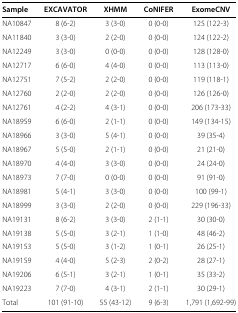
<table><thead><tr><td><b>Sample</b></td><td><b>EXCAVATOR</b></td><td><b>XHMM</b></td><td><b>CoNIFER</b></td><td><b>ExomeCNV</b></td></tr></thead><tbody><tr><td>NA10847</td><td>8 (6-2)</td><td>3 (3-0)</td><td>0 (0-0)</td><td>125 (122-3)</td></tr><tr><td>NA11840</td><td>3 (3-0)</td><td>2 (2-0)</td><td>0 (0-0)</td><td>124 (122-2)</td></tr><tr><td>NA12249</td><td>3 (3-0)</td><td>0 (0-0)</td><td>0 (0-0)</td><td>128 (128-0)</td></tr><tr><td>NA12717</td><td>6 (6-0)</td><td>4 (4-0)</td><td>0 (0-0)</td><td>113 (113-0)</td></tr><tr><td>NA12751</td><td>7 (5-2)</td><td>2 (2-0)</td><td>0 (0-0)</td><td>119 (118-1)</td></tr><tr><td>NA12760</td><td>2 (2-0)</td><td>2 (2-0)</td><td>0 (0-0)</td><td>126 (126-0)</td></tr><tr><td>NA12761</td><td>4 (2-2)</td><td>4 (3-1)</td><td>0 (0-0)</td><td>206 (173-33)</td></tr><tr><td>NA18959</td><td>6 (6-0)</td><td>2 (1-1)</td><td>0 (0-0)</td><td>149 (134-15)</td></tr><tr><td>NA18966</td><td>3 (3-0)</td><td>5 (4-1)</td><td>0 (0-0)</td><td>39 (35-4)</td></tr><tr><td>NA18967</td><td>5 (5-0)</td><td>2 (1-1)</td><td>0 (0-0)</td><td>21 (21-0)</td></tr><tr><td>NA18970</td><td>4 (4-0)</td><td>3 (3-0)</td><td>0 (0-0)</td><td>24 (24-0)</td></tr><tr><td>NA18973</td><td>7 (7-0)</td><td>0 (0-0)</td><td>0 (0-0)</td><td>91 (91-0)</td></tr><tr><td>NA18981</td><td>5 (4-1)</td><td>3 (3-0)</td><td>0 (0-0)</td><td>100 (99-1)</td></tr><tr><td>NA18999</td><td>3 (3-0)</td><td>2 (2-0)</td><td>0 (0-0)</td><td>229 (196-33)</td></tr><tr><td>NA19131</td><td>8 (6-2)</td><td>3 (3-0)</td><td>2 (1-1)</td><td>30 (30-0)</td></tr><tr><td>NA19138</td><td>5 (5-0)</td><td>3 (2-1)</td><td>1 (1-0)</td><td>48 (46-2)</td></tr><tr><td>NA19153</td><td>5 (5-0)</td><td>3 (1-2)</td><td>1 (0-1)</td><td>26 (25-1)</td></tr><tr><td>NA19159</td><td>4 (4-0)</td><td>5 (2-3)</td><td>2 (0-2)</td><td>28 (27-1)</td></tr><tr><td>NA19206</td><td>6 (5-1)</td><td>3 (2-1)</td><td>1 (0-1)</td><td>35 (33-2)</td></tr><tr><td>NA19223</td><td>7 (7-0)</td><td>4 (3-1)</td><td>2 (1-1)</td><td>30 (29-1)</td></tr><tr><td>Total</td><td>101 (91-10)</td><td>55 (43-12)</td><td>9 (6-3)</td><td>1,791 (1,692-99)</td></tr></tbody></table>